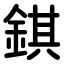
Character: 錤